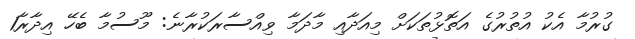
ގުރުމާ އެކު އުތުރުގެ އަތޮޅުތަކަށް މިއަދާއި މާދަމާ ވިއްސާރަކުރާނެ: މޫސުމާ ބެހޭ އިދާރާ1